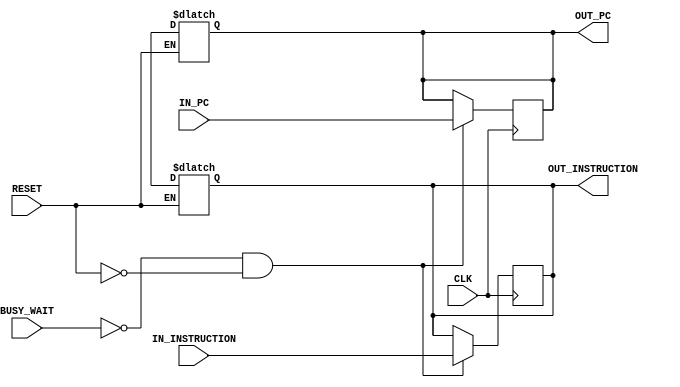
module IF_ID_pipeline_reg(
    input [31:0] IN_INSTRUCTION, // Input instruction from instruction memory
    input [31:0] IN_PC, // Input program counter value from program counter module
    input CLK, // Clock signal
    input RESET, // RESET signal
    input BUSY_WAIT, // Stall signal to hold pipeline stage
    
    output reg [31:0] OUT_INSTRUCTION, // Output instruction to decode stage
    output reg [31:0] OUT_PC // Output program counter value to program counter module
);

    // RESET output registers on active RESET
    always @(*) begin
        if (RESET) begin
            #1; // Delay to allow RESET signal to settle
            OUT_INSTRUCTION = 32'dx; // Set OUT_INSTRUCTION to 'x' value
            OUT_PC = 32'dx; // Set OUT_PC to 'x' value
        end
    end

    // Write input values to output registers on positive edge of clock signal
    always @(posedge CLK) begin
        #1; // Delay to synchronize with other stages
        if (!BUSY_WAIT && !RESET) begin
            OUT_INSTRUCTION <= IN_INSTRUCTION; // Write IN_INSTRUCTION to OUT_INSTRUCTION
            OUT_PC <= IN_PC; // Write IN_PC to OUT_PC
        end
    end

endmodule